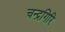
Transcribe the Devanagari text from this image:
चन्द्रगिरि